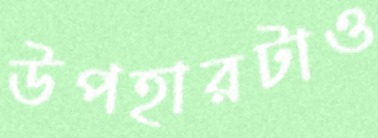
উপহারটাও